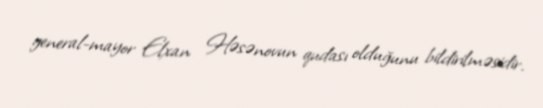
general-mayor Elxan Həsənovun qudası olduğunu bildirilməsidir.